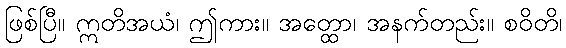
ဖြစ်ပြီ။ ဣတိအယံ၊ ဤကား။ အတ္ထော၊ အနက်တည်း။ စဝိတိ၊